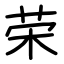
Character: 荣